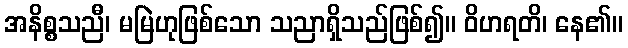
အနိစ္စသညီ၊ မမြဲဟုဖြစ်သော သညာရှိသည်ဖြစ်၍။ ဝိဟရတိ၊ နေ၏။